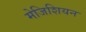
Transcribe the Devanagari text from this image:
मेजिशियन